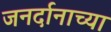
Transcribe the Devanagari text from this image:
जनर्दानाच्या